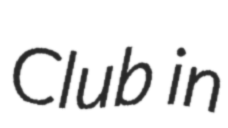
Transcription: Club in